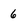
Character: 6